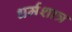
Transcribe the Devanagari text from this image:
धर्मशात्र